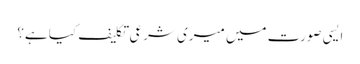
ایسی صورت میں میری شرعی تکلیف کیا ہے؟